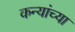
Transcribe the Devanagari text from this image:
कन्यांच्या